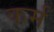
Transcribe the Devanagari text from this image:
कर्मं